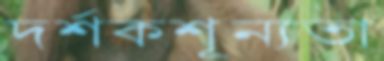
দর্শকশূন্যতা